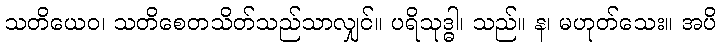
သတိယေဝ၊ သတိစေတသိတ်သည်သာလျှင်။ ပရိသုဒ္ဓါ၊ သည်။ န၊ မဟုတ်သေး။ အပိ